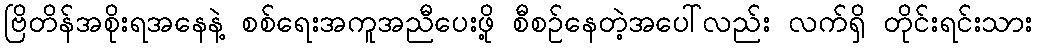
ဗြိတိန်အစိုးရအနေနဲ့ စစ်ရေးအကူအညီပေးဖို့ စီစဉ်နေတဲ့အပေါ်လည်း လက်ရှိ တိုင်းရင်းသား